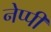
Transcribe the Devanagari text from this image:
नेप्पी